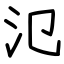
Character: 氾